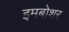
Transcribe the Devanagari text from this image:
इमबोशर